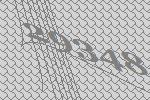
29348